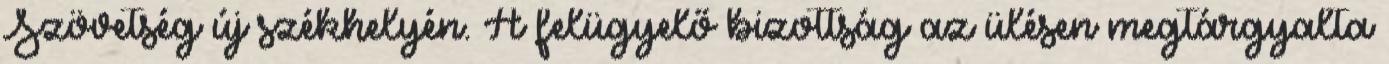
Szövetség új székhelyén. A felügyelő bizottság az ülésen megtárgyalta